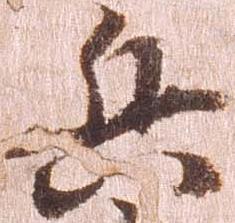
兵